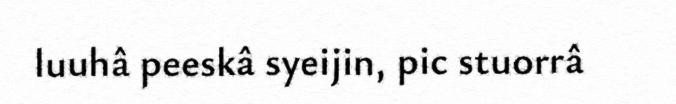
luuhâ peeskâ syeijin, pic stuorrâ